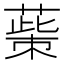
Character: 𦸺